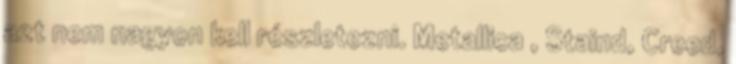
azt nem nagyon kell részletezni. Metallica , Staind, Creed,